Reports on dispensaries and lunatic asylums in the Province of Oudh - 1869-1876
Year: 1869
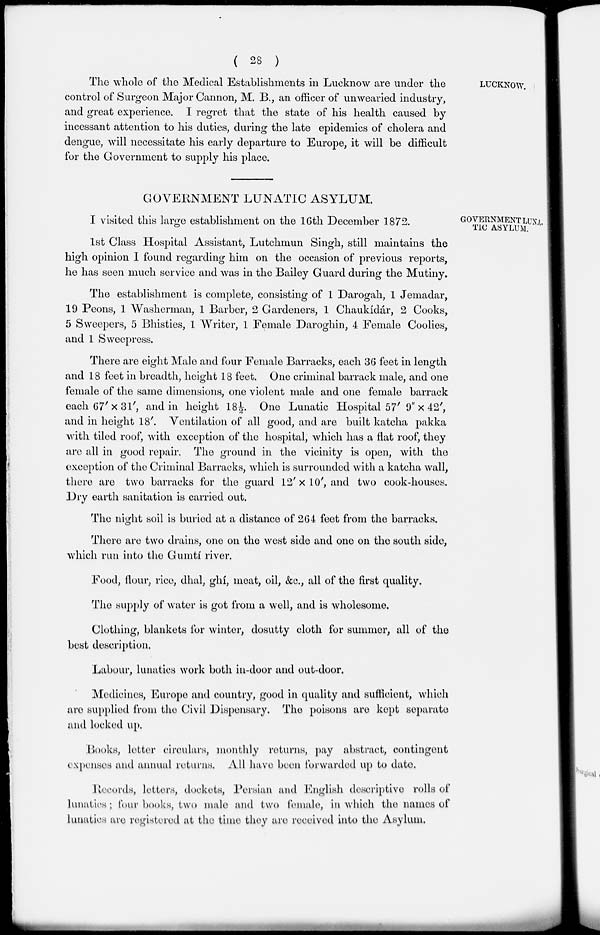
( 28 )
LUCKNOW.
The whole of the Medical Establishments in Lucknow are under the
control of Surgeon Major Cannon, M. B., an officer of unwearied industry,
and great experience. I regret that the state of his health caused by
incessant attention to his duties, during the late epidemics of cholera and
dengue, will necessitate his early departure to Europe, it will be difficult
for the Government to supply his place.
GOVERNMENT LUNA-
TIC ASYLUM.
GOVERNMENT LUNATIC ASYLUM.
I visited this large establishment on the l6th December 1872.
1st Class Hospital Assistant, Lutchmun Singh, still maintains the
high opinion I found regarding him on the occasion of previous reports,
he has seen much service and was in the Bailey Guard during the Mutiny.
The establishment is complete, consisting of 1 Darogah, 1 Jemadar,
19 Peons, 1 Washerman, 1 Barber, 2 Gardeners, 1 Chaukídár, 2 Cooks,
5 Sweepers, 5 Bhisties, 1 Writer, 1 Female Daroghin, 4 Female Coolies,
and 1 Sweepress.
There are eight Male and four Female Barracks, each 36 feet in length
and 18 feet in breadth, height 18 feet. One criminal barrack male, and one
female of the same dimensions, one violent male and one female barrack
each 67'x 31', and in height 18½. One Lunatic Hospital 57' 9" × 42',
and in height 18'. Ventilation of all good, and are built katcha pakka
with tiled roof, with exception of the hospital, which has a flat roof, they
are all in good repair. The ground in the vicinity is open, with the
exception of the Criminal Barracks, which is surrounded with a katcha wall,
there are two barracks for the guard 12' x 10', and two cook-houses.
Dry earth sanitation is carried out.
The night soil is buried at a distance of 264 feet from the barracks.
There are two drains, one on the west side and one on the south side,
which run into the Gumtí river.
Food, flour, rice, dhal, ghí, meat, oil, &c., all of the first quality.
The supply of water is got from a well, and is wholesome.
Clothing, blankets for winter, dosutty cloth for summer, all of the
best description.
Labour, lunatics work both in-door and out-door.
Medicines, Europe and country, good in quality and sufficient, which
are supplied from the Civil Dispensary. The poisons are kept separate
and locked up.
Books, letter circulars, monthly returns, pay abstract, contingent
expenses and annual returns. All have been forwarded up to date.
Records, letters, dockets, Persian and English descriptive rolls of
lunatics ; four books, two male and two female, in which the names of
lunatics are registered at the time they are received into the Asylum.